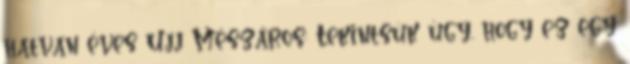
hatvan éves Ujj Mészáros: Tekintsük úgy, hogy ez egy